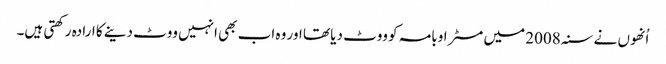
اُنھوں نے سنہ 2008 میں مسٹر اوبامہ کو ووٹ دیا تھا اور وہ اب بھی انہیں ووٹ دینے کا ارادہ رکھتی ہیں۔